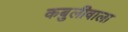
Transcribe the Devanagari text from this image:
कबुलीवाला